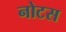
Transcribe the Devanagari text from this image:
नोटस